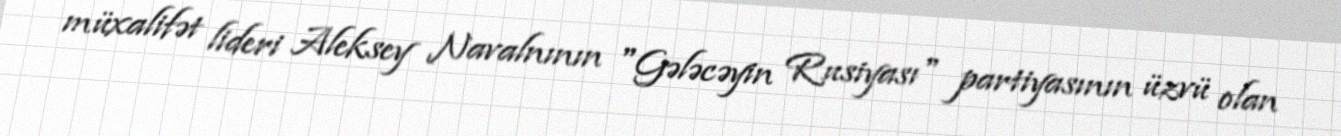
müxalifət lideri Aleksey Navalnının "Gələcəyin Rusiyası" partiyasının üzvü olan